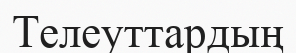
Телеуттардың